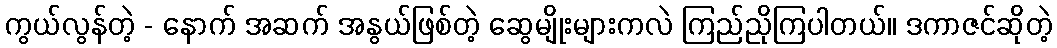
ကွယ်လွန်တဲ့ - နောက် အဆက် အနွယ်ဖြစ်တဲ့ ဆွေမျိုးများကလဲ ကြည်ညိုကြပါတယ်။ ဒကာဇင်ဆိုတဲ့